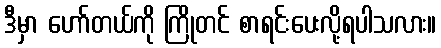
ဒီမှာ ဟော်တယ်ကို ကြိုတင် စာရင်းပေးလို့ရပါသလား။